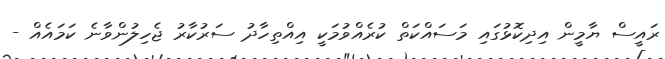
ރައީސް ޔާމީން އިދިކޮޅުގައި މަސައްކަތް ކުރެއްވުމަކީ އިއްތިހާދު ސަރުކާރު ޖެހިލުންވާނެ ކަމައެއް -